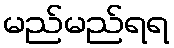
မည်မည်ရရ